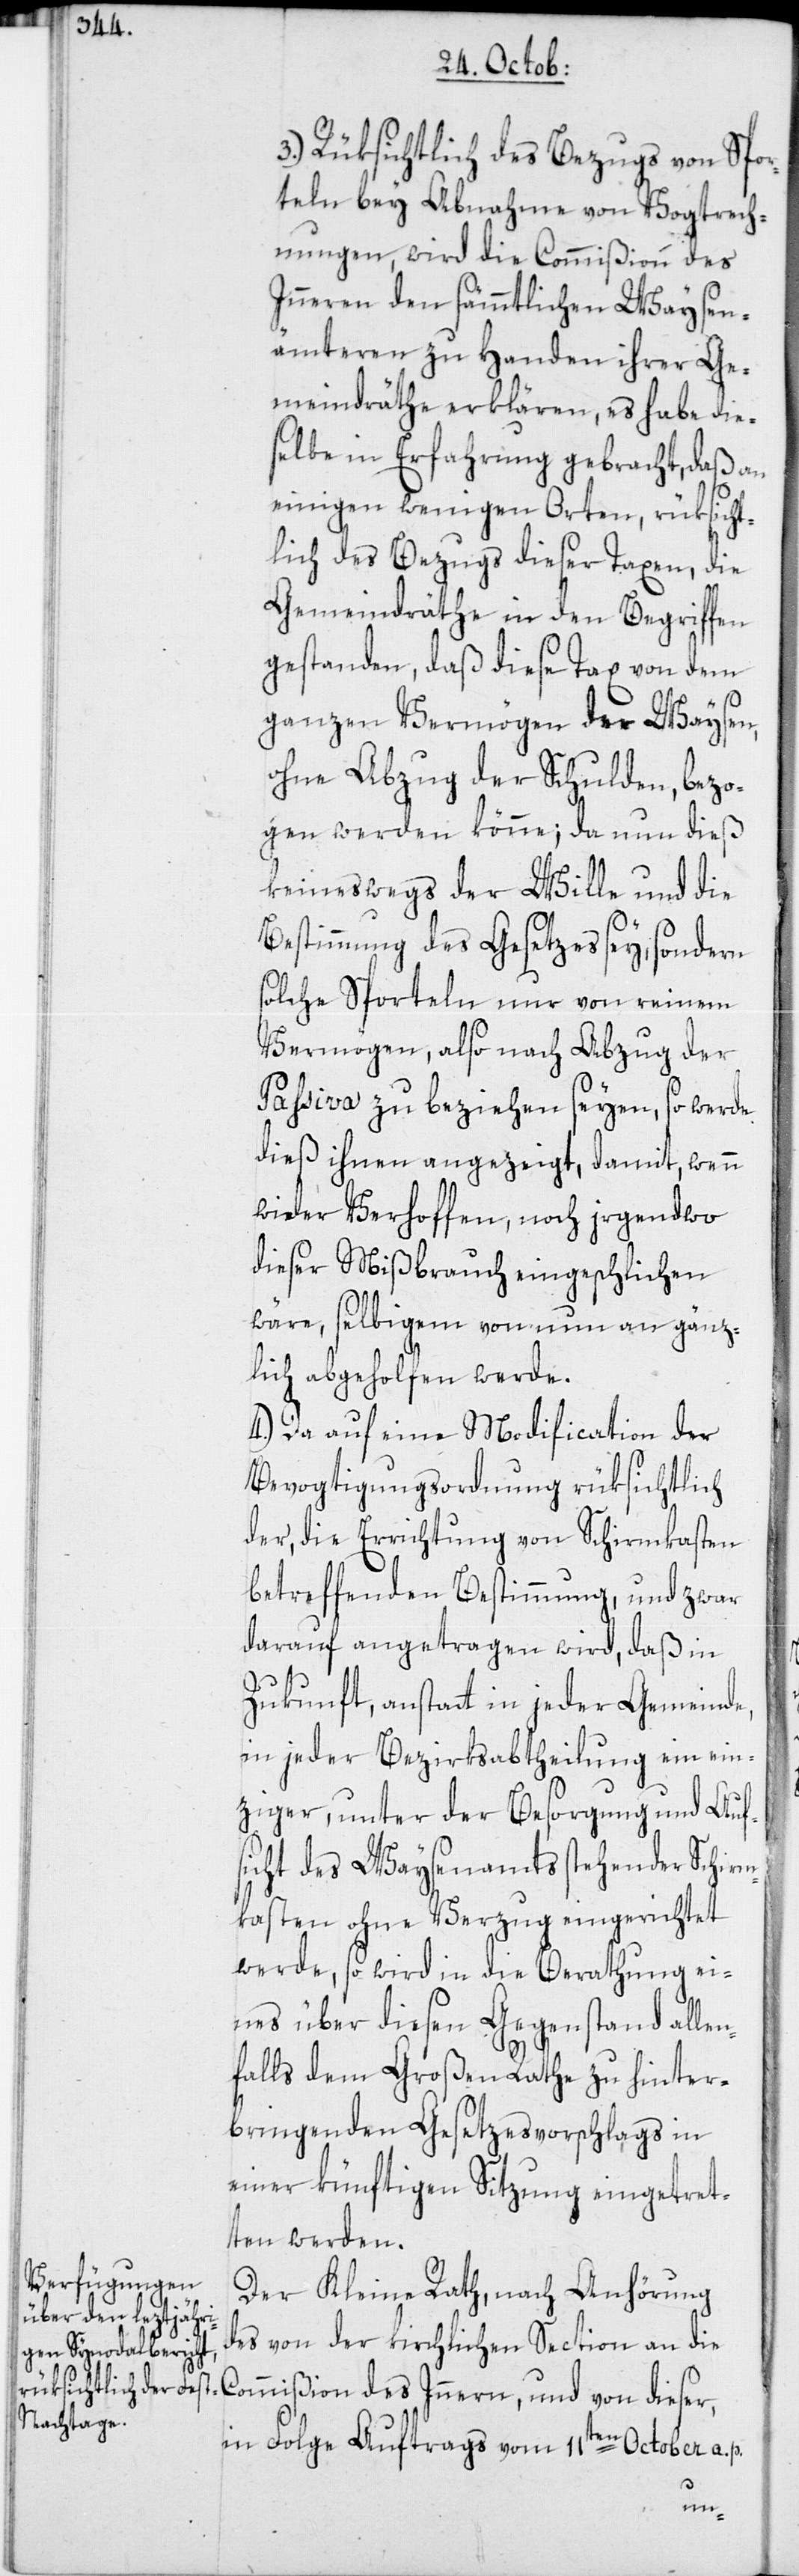
3.) Rüksichtlich des Bezugs von Spor¬
teln bey Abnahme von Vogtrech¬
nungen, wird die Commißion des
Inneren den sämmtlichen Waysen¬
ämteren zu Handen ihrer Ge¬
meindräthe erklären, es habe die¬
selbe in Erfahrung gebracht, daß an
einigen wenigen Orten, rüksicht¬
lich des Bezugs dieser Taxen, die
Gemeindräte in den Begriffen
gestanden, daß diese Tax von dem
ganzen Vermögen der Waysen,
ohne Abzug der Schulden, bezo¬
gen werden könne; da nun dieß
keineswegs der Wille und die
Bestimmung des Gesetzes sey, sondern
solche Sporteln nur von reinem
Vermögen, also nach Abzug der
Passiva zu beziehen seyen, so werde
dieß ihnen angezeigt, damit, wenn
wider Verhoffen, noch irgendwo
dieser Mißbrauch eingeschlichen
wäre, selbigem von nun an gänz¬
lich abgeholfen werde.
4.) Da auf eine Modification der
Bevogtigungsordnung rüksichtlich
der, die Errichtung von Schirmkasten
betreffenden Bestimmung, und zwar
darauf angetragen wird, daß in
Zukunft, anstatt in jeder Gemeinde,
in jeder Bezirksabtheilung ein ein¬
ziger, unter der Besorgung und Auf¬
sicht des Waysenamts stehender Schirm¬
kasten ohne Verzug eingerichtet
werde, so wird in die Berathung ei¬
nes über diesen Gegenstand allen¬
falls dem Großen Rathe zu hinter¬
bringenden Gesetzesvorschlags in
einer künftigen Sitzung eingetret¬
ten werden.
Der Kleine Rath, nach Anhörung
des von der kirchlichen Section an die
Commißion des Innern, und von dieser,
in Folge Auftrags vom 11ten October a. p.